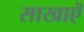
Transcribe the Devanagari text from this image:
साखाऎ